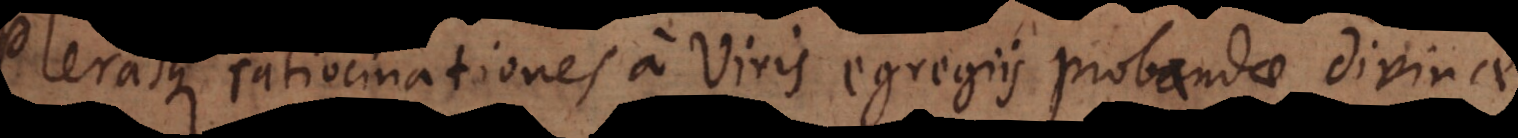
Plerasque ratiocinationes a Viris egregiis probandae divinae